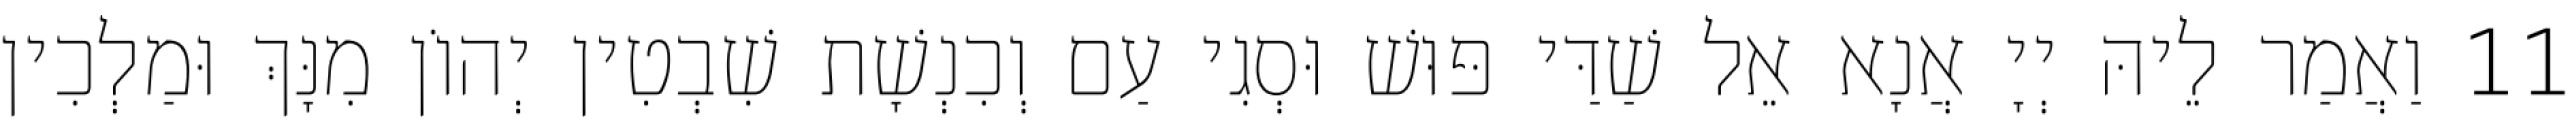
11 וַאֲמַר לֵיהּ יְיָ אֲנָא אֵל שַׁדַּי פּוּשׁ וּסְגִי עַם וְכִנְשָׁת שִׁבְטִין יְהוֹן מִנָּךְ וּמַלְכִין